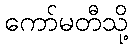
ကော်မတီသို့